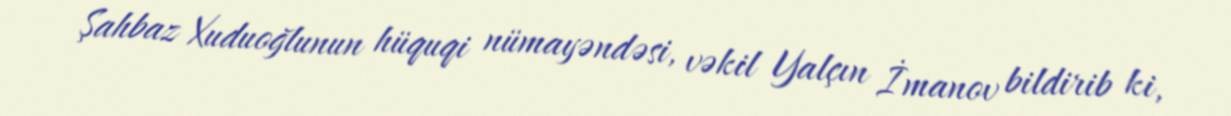
Şahbaz Xuduoğlunun hüquqi nümayəndəsi, vəkil Yalçın İmanov bildirib ki,